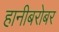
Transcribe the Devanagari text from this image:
हानीबरोबर